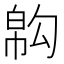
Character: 𢄇